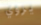
يروي